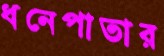
ধনেপাতার